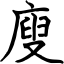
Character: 廋